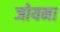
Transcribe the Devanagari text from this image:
जोयना